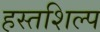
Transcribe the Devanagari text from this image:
हस्तशिल्‍प